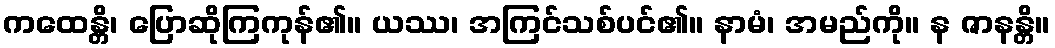
ကထေန္တိ၊ ပြောဆိုကြကုန်၏။ ယဿ၊ အကြင်သစ်ပင်၏။ နာမံ၊ အမည်ကို။ န ဇာနန္တိ။